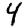
Digit: 4